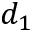
d _ { 1 }